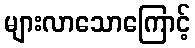
များလာသောကြောင့်